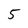
Character: 5